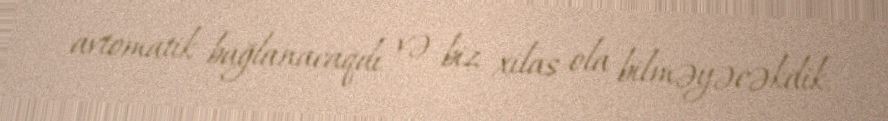
avtomatik bağlanacaqdı və biz xilas ola bilməyəcəkdik.